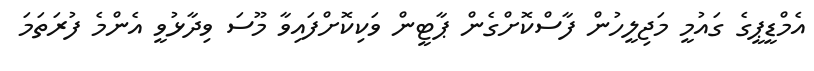
އެމްޑީޕީގެ ގައުމީ މަޖިލީހުން ފާސްކޮށްގެން ޕާޓީން ވަކިކޮށްފައިވާ މޫސަ ވިދާޅުވީ އެންމެ ފުރަތަމަ